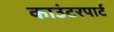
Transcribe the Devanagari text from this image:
काउंटरपार्ट